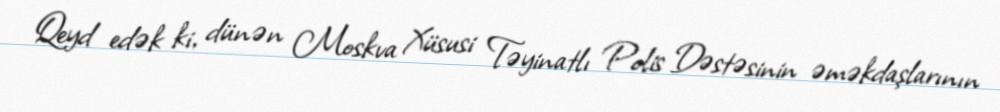
Qeyd edək ki, dünən Moskva Xüsusi Təyinatlı Polis Dəstəsinin əməkdaşlarının